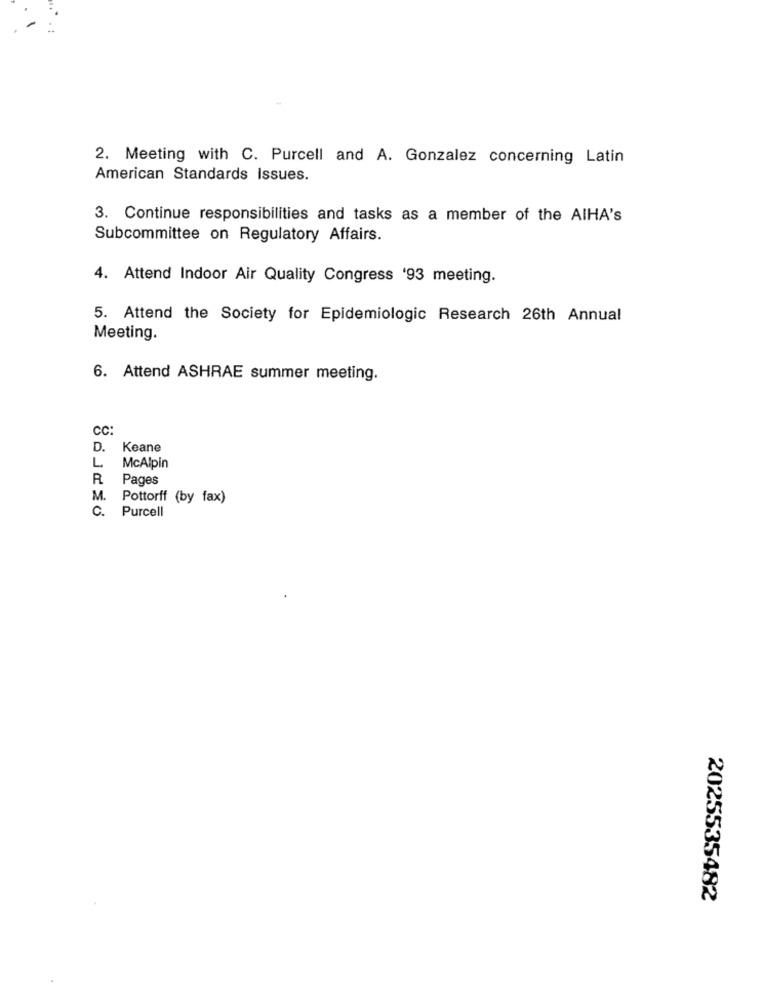
2. Meeting with C. Purcell and A. Gonzalez concerning Latin
American Standards Issues.
3. Continue responsibilities and tasks as a member of the AIHA's
Subcommittee on Regulatory Affairs.
4. Attend Indoor Air Quality Congress '93 meeting.
5. Attend the Society for Epidemiologic Research 26th Annual
Meeting.
6. Attend ASHRAE summer meeting.
CC:
D.
Keane
L
McAlpin
R
Pages
M. Pottorff (by fax)
c.
Purcell
2025535482